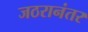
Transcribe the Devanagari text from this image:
जठरानंतर